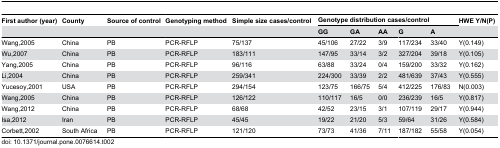
| First author (year) | County | Source of control | Genotyping method | Simple size cases/control | <COLSPAN=5> Genotype distribution cases/control | HWE Y/N(P) |
 |  |  |  |  |  | GG | GA | AA | G | A |  |
 | --- | --- | --- | --- | --- | --- | --- | --- | --- | --- | --- |
 | Wang,2005 | China | PB | PCR-RFLP | 75/137 | 45/106 | 27/22 | 3/9 | 117/234 | 33/40 | Y(0.149) |
 | Wu,2007 | China | PB | PCR-RFLP | 183/111 | 147/95 | 33/14 | 3/2 | 327/204 | 39/18 | Y(0.105) |
 | Yang,2005 | China | PB | PCR-RFLP | 96/116 | 63/88 | 33/24 | 0/4 | 159/200 | 33/32 | Y(0.162) |
 | Li,2004 | China | PB | PCR-RFLP | 259/341 | 224/300 | 33/39 | 2/2 | 481/639 | 37/43 | Y(0.555) |
 | Yucesoy,2001 | USA | PB | PCR-RFLP | 294/154 | 123/75 | 166/75 | 5/4 | 412/225 | 176/83 | N(0.003) |
 | Wang,2005 | China | PB | PCR-RFLP | 126/122 | 110/117 | 16/5 | 0/0 | 236/239 | 16/5 | Y(0.817) |
 | Wang,2012 | China | PB | PCR-RFLP | 68/68 | 42/52 | 23/15 | 3/1 | 107/119 | 29/17 | Y(0.944) |
 | Isa,2012 | Iran | PB | PCR-RFLP | 45/45 | 19/22 | 21/20 | 5/3 | 59/64 | 31/26 | Y(0.584) |
 | Corbett,2002 | South Africa | PB | PCR-RFLP | 121/120 | 73/73 | 41/36 | 7/11 | 187/182 | 55/58 | Y(0.054) |